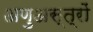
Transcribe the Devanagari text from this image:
अणुअस्त्रों